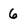
Character: 6